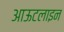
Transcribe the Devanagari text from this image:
आऊटलाइन